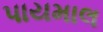
પાયમાલ